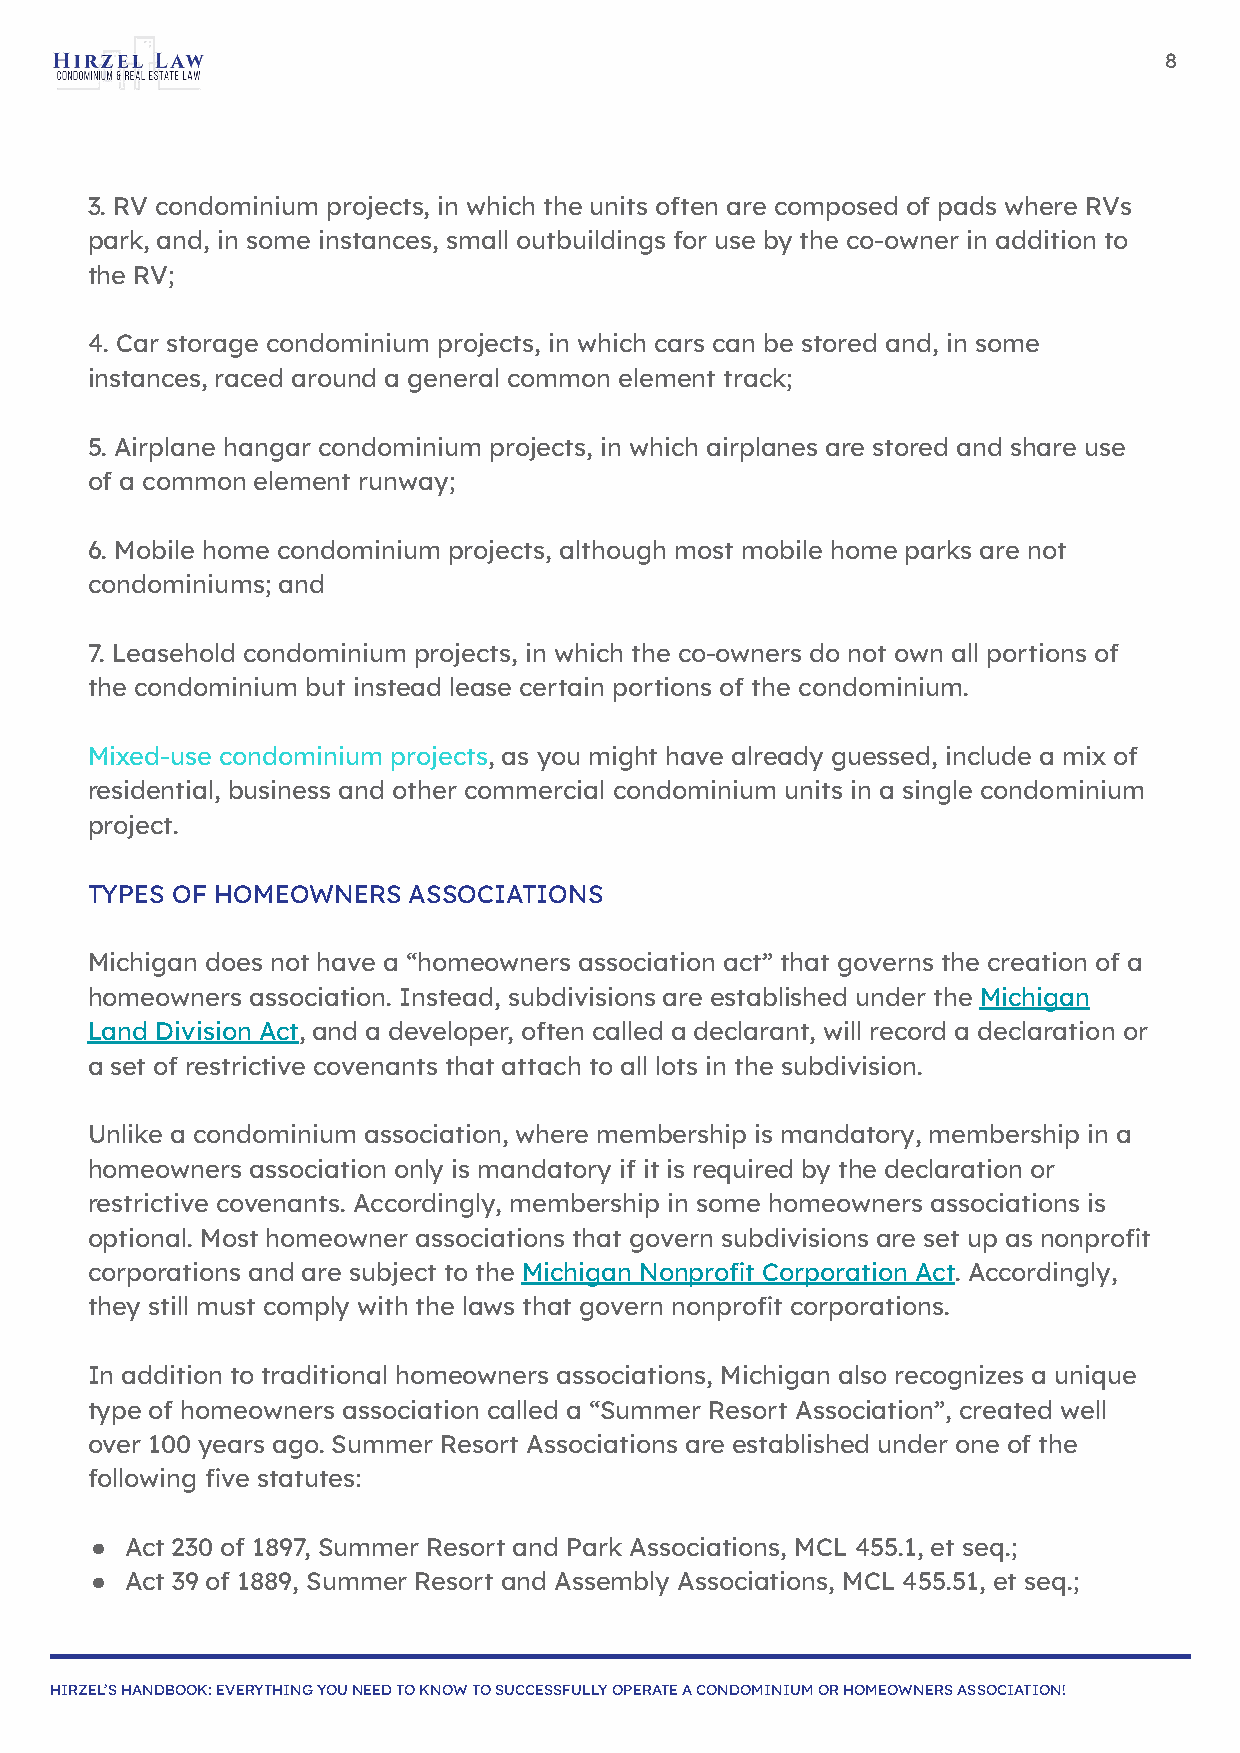
8
 3. RV condominium projects, in which the units often are composed of pads where RVs
 park, and, in some instances, small outbuildings for use by the co-owner in addition to
 the RV;
 4. Car storage condominium projects, in which cars can be stored and, in some
 instances, raced around a general common element track;
 5. Airplane hangar condominium projects, in which airplanes are stored and share use
 of a common element runway;
 6. Mobile home condominium projects, although most mobile home parks are not
 condominiums; and
 7. Leasehold condominium projects, in which the co-owners do not own all portions of
 the condominium but instead lease certain portions of the condominium.
 Mixed-use condominium projects, as you might have already guessed, include a mix of
 residential, business and other commercial condominium units in a single condominium
 project.
 TYPES OF HOMEOWNERS  ASSOCIATIONS
 Michigan does not have a “homeowners association act” that governs the creation of a
 homeowners association. Instead, subdivisions are established under the Michigan
 Land Division Act, and a developer, often called a declarant, will record a declaration or
 a set of restrictive covenants that attach to all lots in the subdivision.
 Unlike a condominium association, where membership is mandatory, membership in a
 homeowners association only is mandatory if it is required by the declaration or
 restrictive covenants. Accordingly, membership in some homeowners associations is
 optional. Most homeowner associations that govern subdivisions are set up as nonprofit
 corporations and are subject to the Michigan Nonprofit Corporation Act. Accordingly,
 they still must comply with the laws that govern nonprofit corporations.
 In addition to traditional homeowners associations, Michigan also recognizes a unique
 type of homeowners association called a “Summer Resort Association”, created well
 over 100 years ago. Summer Resort Associations are established under one of the
 following five statutes:
 ● Act 230 of 1897, Summer Resort and Park Associations, MCL 455.1, et seq.;
 ● Act 39 of 1889, Summer Resort and Assembly Associations, MCL 455.51, et seq.;
 HIRZEL’S HANDBOOK: EVERYTHING YOU NEED TO KNOW TO SUCCESSFULLY OPERATE A CONDOMINIUM OR HOMEOWNERS ASSOCIATION!